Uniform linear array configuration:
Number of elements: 4
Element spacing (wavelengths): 0.5
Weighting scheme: kaiser
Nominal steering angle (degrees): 45
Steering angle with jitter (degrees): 46.913
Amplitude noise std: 0.05
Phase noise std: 0.05

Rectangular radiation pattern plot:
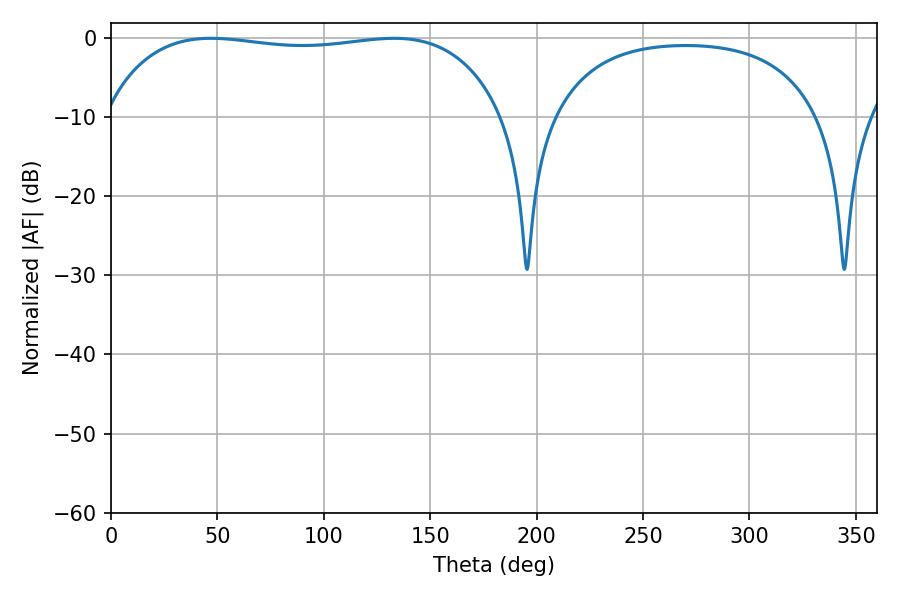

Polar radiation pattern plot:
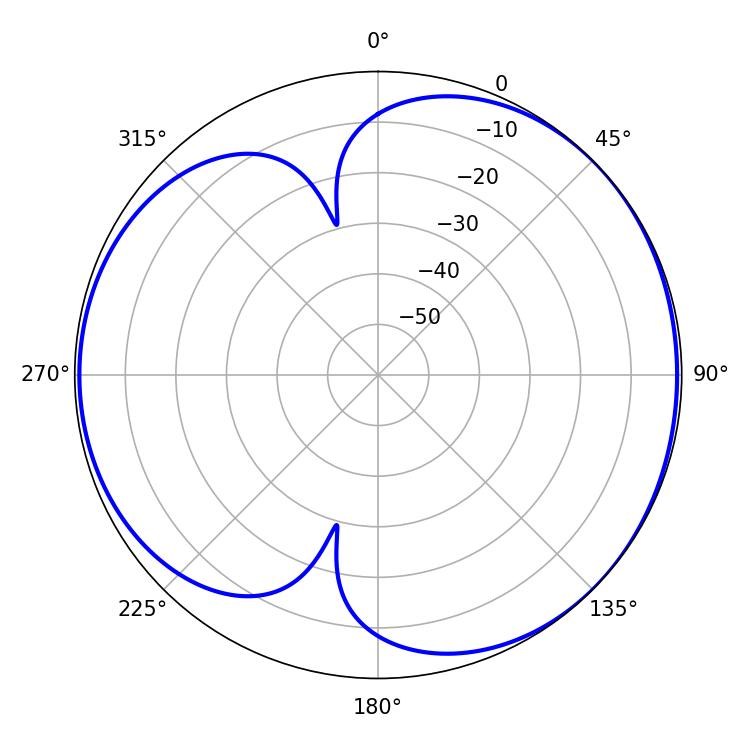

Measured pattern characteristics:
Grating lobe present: FALSE
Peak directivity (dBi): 4.613
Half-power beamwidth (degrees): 150.12
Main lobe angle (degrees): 46.98